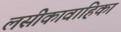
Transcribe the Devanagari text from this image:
लसीकावाहिका